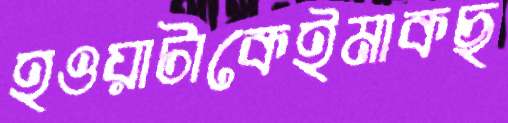
হওয়াটাকেইমাকছ